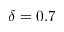
\delta = 0 . 7